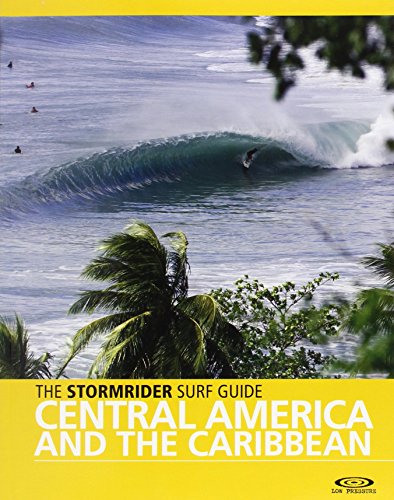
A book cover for The Stormrider Surf Guide Central America & Caribbean; Bruce Sutherland; Sports & Outdoors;